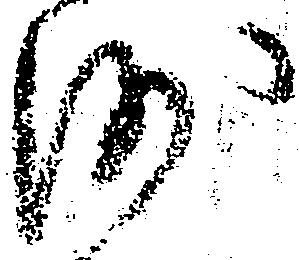
沙